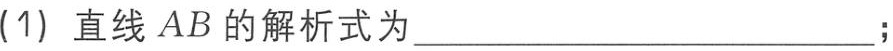
(1) 直线 \(AB\) 的解析式为________________________；